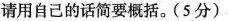
请用自己的话简要概括。(5分)